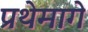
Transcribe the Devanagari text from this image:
प्रथेमागे